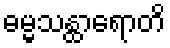
ဓမ္မသန္ထာရောတိ